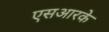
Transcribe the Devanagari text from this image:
एसआरके